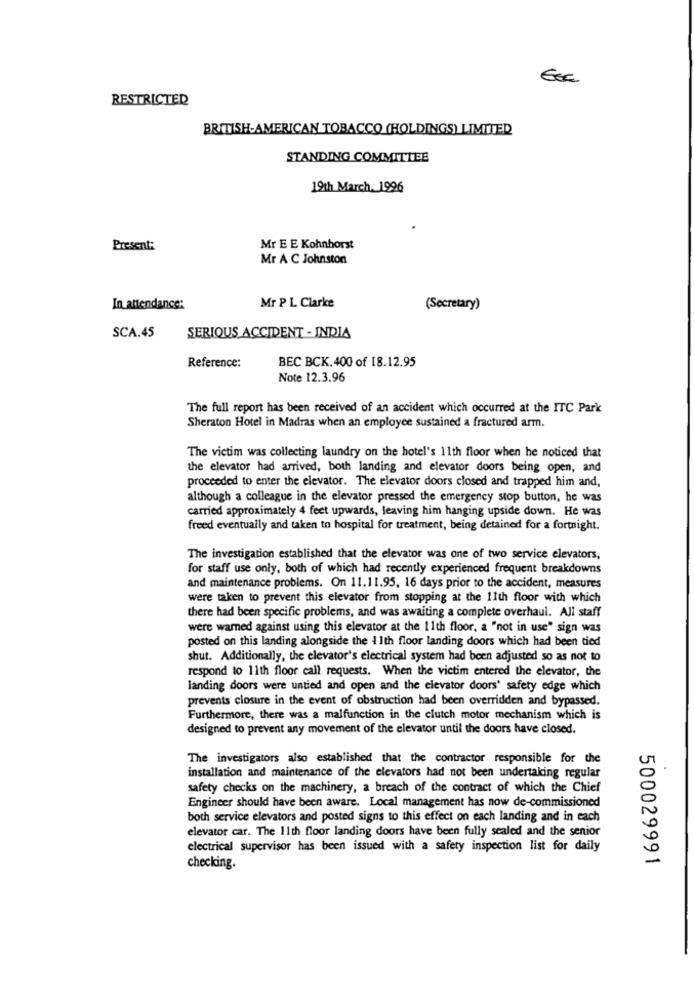
RESTRICTED
BRITISH-AMERICAN TOBACCO (HOLDINGS) LIMITED
STANDING COMMITTEE
19th March. 1996
Present:
Mr E E Kohnhorst
Mr A C Johnston
Mr P L Clarke
In attendance:
(Secretary)
SCA.45
SERIOUS ACCIDENT - INDIA
BEC BCK.400 of 18.12.95
Reference:
Note 12.3.96
The full report has been received of an accident which occurred at the ITC Park
Sheraton Hotel in Madras when an employee sustained a fractured arm.
The victim was collecting laundry on the hotel's 11th floor when he noticed that
the elevator had arrived, both landing and elevator doors being open, and
proceeded to enter the elevator. The elevator doors closed and trapped him and,
although a colleague in the elevator pressed the emergency stop button, he was
carried approximately 4 feet upwards, leaving him hanging upside down. He was
freed eventually and taken to hospital for treatment, being detained for a fortnight.
The investigation established that the elevator was one of two service elevators,
for staff use only, both of which had recently experienced frequent breakdowns
and maintenance problems. On 11.11.95. 16 days prior to the accident, measures
were taken to prevent this elevator from stopping at the 11th floor with which
there had been specific problems, and was awaiting a complete overhaul. All staff
were warned against using this elevator at the 11th floor, a "not in use" sign was
posted on this landing alongside the 1 1th floor landing doors which had been tied
shut. Additionally, the elevator's electrical system had been adjusted so as not to
respond to 11th floor call requests. When the victim entered the elevator, the
landing doors were untied and open and the elevator doors' safety edge which
prevents closure in the event of obstruction had been overridden and bypassed.
Furthermore, there was a malfunction in the clutch motor mechanism which is
designed to prevent any movement of the elevator until the doors have closed.
The investigators also established that the contractor responsible for the
installation and maintenance of the elevators had not been undertaking regular
safety checks on the machinery, a breach of the contract of which the Chief
Engineer should have been aware. Local management has now de-commissioned
both service elevators and posted signs to this effect on each landing and in each
elevator car. The 11th floor landing doors have been fully sealed and the senior
electrical supervisor has been issued with a safety inspection list for daily
500029991
checking.